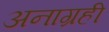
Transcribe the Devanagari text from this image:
अनाग्रही